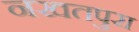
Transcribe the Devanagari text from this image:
नखतपुरा